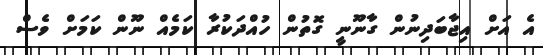
އެ އަށް އިޖާބަދިނުން ގާނޫނީ ގޮތުން ހުއްދަކުރާ ކަމެއް ނޫން ކަމަށް ވެސް